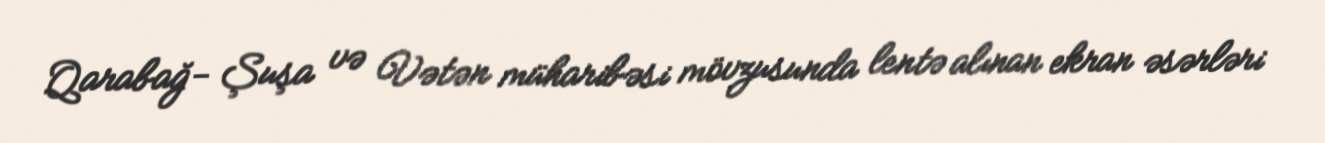
Qarabağ- Şuşa və Vətən müharibəsi mövzusunda lentə alınan ekran əsərləri